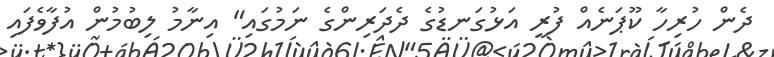
ދެން ހުރިހާ ކޫޕަނެއް ފުރީ އަޅުގަނޑުގެ ދެދަރިންގެ ނަމުގައި" އިނާމު ލިބުމުން އުފާވެފައި